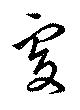
處